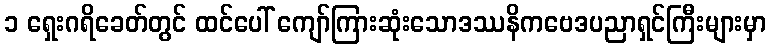
၁ ရှေးဂရိခေတ်တွင် ထင်ပေါ် ကျော်ကြားဆုံးသောဒဿနိကဗေဒပညာရှင်ကြီးများမှာ